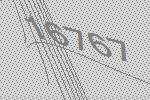
16767